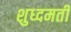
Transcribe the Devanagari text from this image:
शुध्दमती